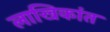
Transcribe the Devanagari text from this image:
लाखिकांत